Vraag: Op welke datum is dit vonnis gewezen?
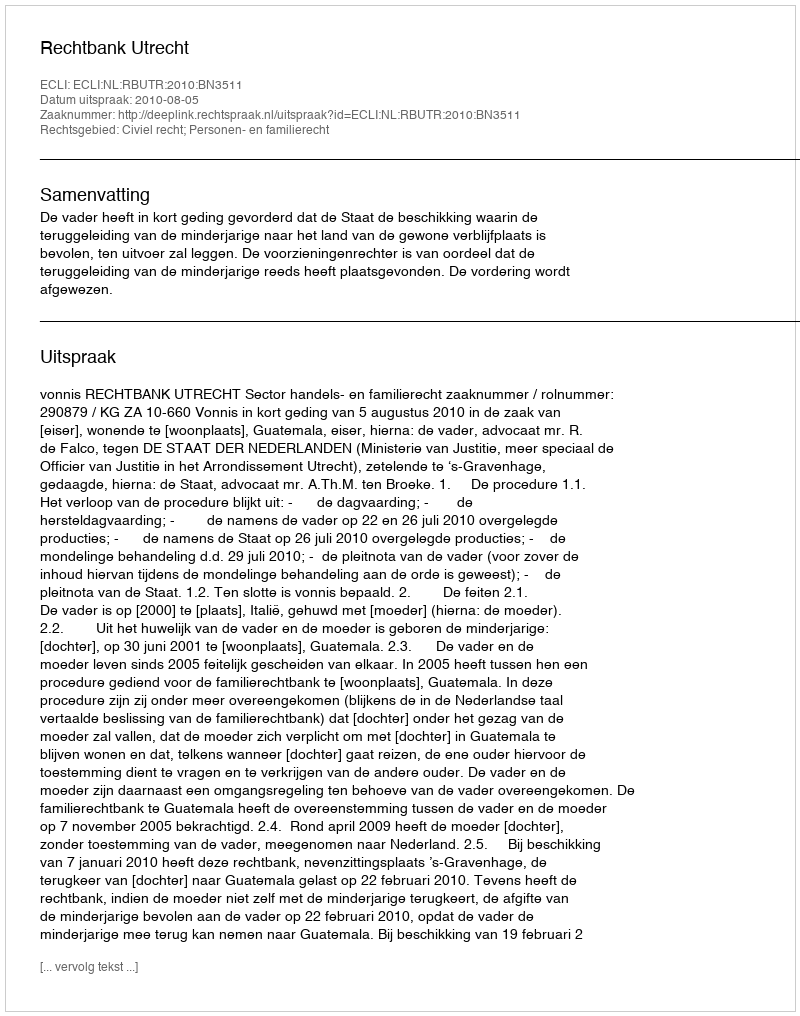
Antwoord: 2010-08-05